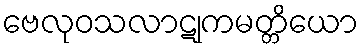
ဗေလုဝသလာဋုကမတ္တိယော